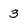
Character: 3